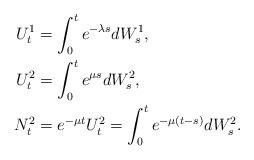
LaTeX: \begin{align*}U^{1}_t&=\int_0^te^{-\lambda s}dW^1_s,\\ U^{2}_t&=\int_0^te^{\mu s}dW^2_s,\\N^2_t&=e^{-\mu t} U_t^2= \int_0^te^{-\mu (t-s)}dW^2_s.\end{align*}